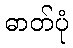
ဓာတ်ပုံ